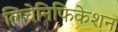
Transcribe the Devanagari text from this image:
लिचेनिफिकेशन